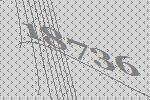
18736